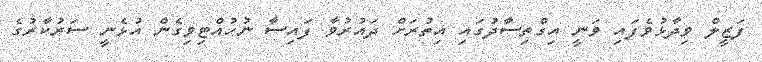
ފަޒީލް ވިދާޅުވެފައި ވަނީ އިގްތިސާދުގައި އިތުރަށް ދައުރުވާ ފައިސާ ނުހުއްޓިވިގެން އުޅެނީ ސަރުކާރުގެ